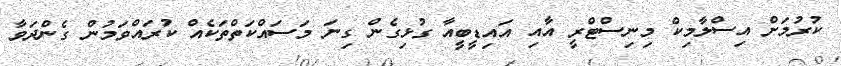
ކުރުމަށް އިސްލާމިކް މިނިސްޓްރީ އާއި އައިޑީބީއާ ގުޅިގެން ގިނަ މަސައްކަތްތަކެއް ކުރައްވަމުން ގެންދަވާ